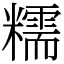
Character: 糯